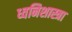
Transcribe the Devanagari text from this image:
ध्वनिशास्त्रा